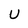
Character: U